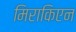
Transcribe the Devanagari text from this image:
मिराकिएन